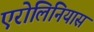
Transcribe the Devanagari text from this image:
एरोलिनियास